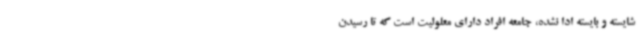
شایسته و بایسته ادا نشده، جامعه افراد دارای معلولیت است که تا رسیدن